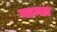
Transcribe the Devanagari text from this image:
वान्टा